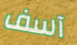
آسف